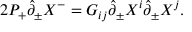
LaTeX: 2 P _ { + } \hat { \partial } _ { \pm } X ^ { - } = G _ { i j } \hat { \partial } _ { \pm } X ^ { i } \hat { \partial } _ { \pm } X ^ { j } .